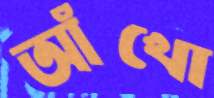
আঁখো